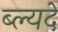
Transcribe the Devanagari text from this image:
ब्ल्यदें